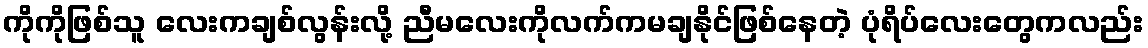
ကိုကိုဖြစ်သူ လေးကချစ်လွန်းလို့ ညီမလေးကိုလက်ကမချနိုင်ဖြစ်နေတဲ့ ပုံရိပ်လေးတွေကလည်း